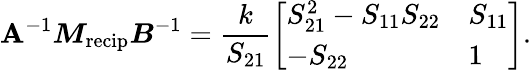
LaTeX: \boldsymbol{\mathbf{A}}^{-1}\boldsymbol{M}_{\mathrm{{recip}}}\boldsymbol{B}^{-1}=\frac{{k}}{{S_{21}}}\left[\begin{array}{ll}{S_{21}^{2}-S_{11}S_{22}}&{S_{11}}\\ {-S_{22}}&{1}\end{array}\right].